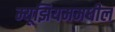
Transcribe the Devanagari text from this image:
म्यूझियममधील